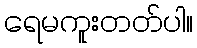
ရေမကူးတတ်ပါ။